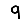
Digit: 9